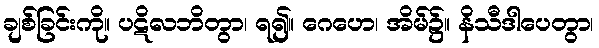
ချစ်ခြင်းကို။ ပဋိလဘိတွာ၊ ရ၍။ ဂေဟေ၊ အိမ်၌။ နိသီဒါပေတွာ၊